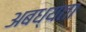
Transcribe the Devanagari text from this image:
अबध्यता